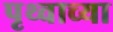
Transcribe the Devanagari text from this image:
पृथ्वाच्या